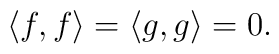
\langle f,f\rangle = \langle g,g\rangle = 0.